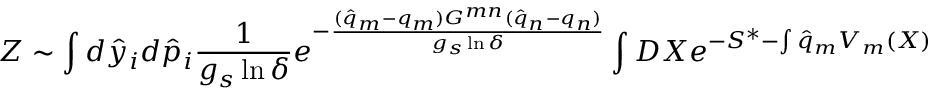
Z \sim \int d { \hat { y } } _ { i } d { \hat { p } } _ { i } \frac { 1 } { g _ { s } \ln \delta } e ^ { - \frac { ( { \hat { q } } _ { m } - q _ { m } ) G ^ { m n } ( { \hat { q } } _ { n } - q _ { n } ) } { g _ { s } \ln \delta } } \int D X e ^ { - S ^ { * } - \int { \hat { q } } _ { m } V _ { m } ( X ) }